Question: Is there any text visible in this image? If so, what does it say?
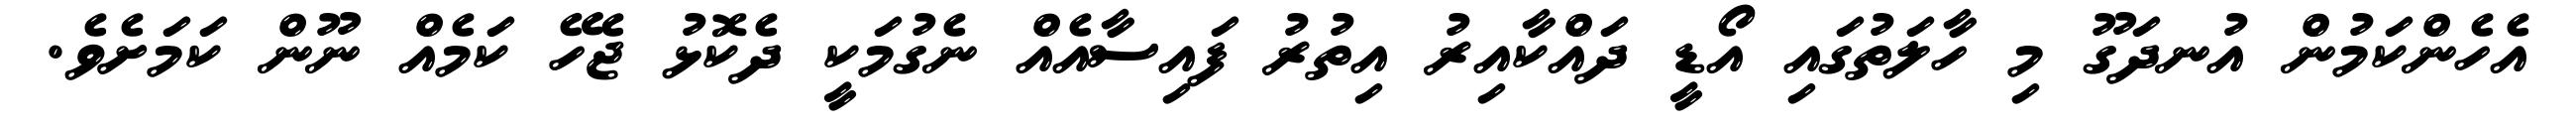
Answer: އެހެންކަމުން އުނދަގޫ މި ހާލަތުގައި އޯޑީ ދައްކާއިރު އިތުރު ފައިސާއެއް ނެގުމަކީ ދެކޮޅު ޖެހޭ ކަމެއް ނޫން ކަމަށެވެ.